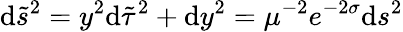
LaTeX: \mathrm{d}\tilde{{s}}^{2}=y^{2}\mathrm{d}\tilde{{\tau}}^{2}+\mathrm{d}y^{2}=\mu^{-2}e^{-2\sigma}\mathrm{d}s^{2}